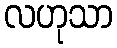
လဟုသာ